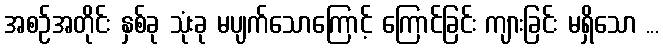
အစဉ်အတိုင်း နှစ်ခု သုံးခု မပျက်သောကြောင့် ကြောင်ခြင်း ကျားခြင်း မရှိသော ...